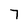
Character: 7